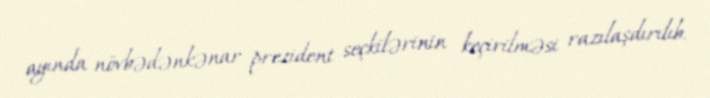
ayında növbədənkənar prezident seçkilərinin keçirilməsi razılaşdırılıb.